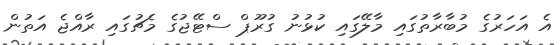
އެ އަހަރުގެ މުބާރާތުގައި މާލޭގައި ކުޅުނު ގުރޫޕް ސްޓޭޖުގެ މެޗުގައި ރާއްޖެ އަތުން